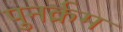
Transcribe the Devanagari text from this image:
पुनर्क्रम